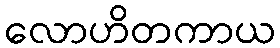
လောဟိတကာယ